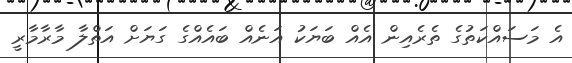
އެ މަސައްކަތުގެ ތެރެއިން އެއް ބަޔަކު އަނެއް ބައެއްގެ ގަޔަށް އަތްލާ މާރާމާރީ